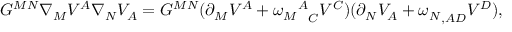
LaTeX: G ^ { M N } \nabla _ { M } V ^ { A } \nabla _ { N } V _ { A } = G ^ { M N } ( \partial _ { M } V ^ { A } + { { \omega _ { M } } ^ { A } } _ { C } V ^ { C } ) ( \partial _ { N } V _ { A } + { \omega _ { N } } _ { , A D } V ^ { D } ) ,